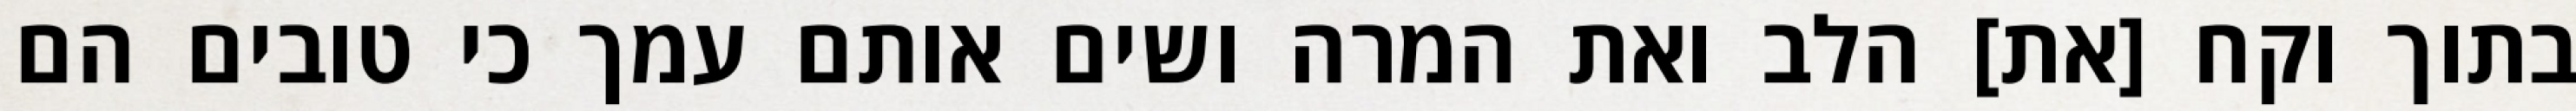
בתוך וקח [את] הלב ואת המרה ושים אותם עמך כי טובים הם